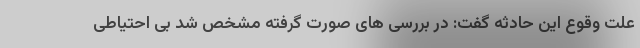
علت وقوع این حادثه گفت: در بررسی های صورت گرفته مشخص شد بی احتیاطی